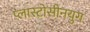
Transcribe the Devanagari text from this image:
प्लास्टोसीनयुग